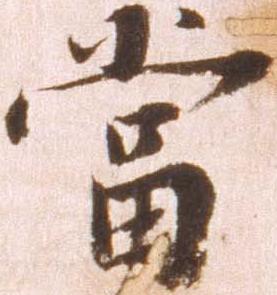
当